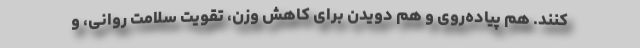
کنند. هم پیاده‌روی و هم دویدن برای کاهش وزن، تقویت سلامت روانی، و